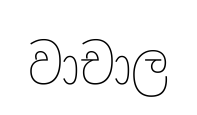
වාචාල